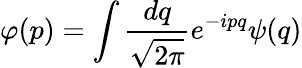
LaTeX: \varphi(p)=\int\frac{dq}{\sqrt{2\pi}}e^{-ipq}\psi(q)